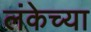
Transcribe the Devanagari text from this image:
लंकेच्या